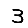
Digit: 3